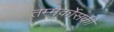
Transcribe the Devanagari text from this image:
तम्मेर्कोसकी